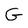
Character: G